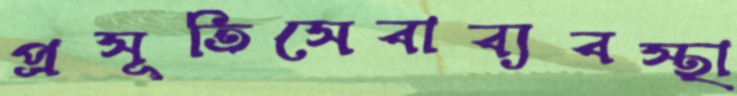
প্রসূতিসেবাব্যবস্থা